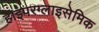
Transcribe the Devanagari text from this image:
हाइपरग्लाइसेमिक